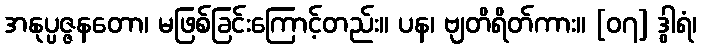
အနုပ္ပဇ္ဇနတော၊ မဖြစ်ခြင်းကြောင့်တည်း။ ပန၊ ဗျတိရိတ်ကား။ [၀၇] ဒွါရံ၊